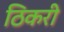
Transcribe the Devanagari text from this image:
ठिकरी